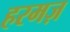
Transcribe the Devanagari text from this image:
हरमज़